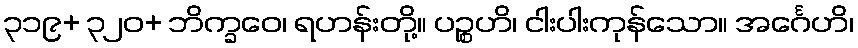
၃၁၉+ ၃၂၀+ ဘိက္ခဝေ၊ ရဟန်းတို့။ ပဉ္စဟိ၊ ငါးပါးကုန်သော။ အင်္ဂေဟိ၊